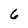
Character: 6